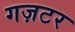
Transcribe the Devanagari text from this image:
गज़टर